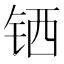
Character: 𬭄